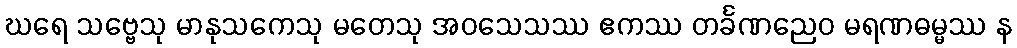
ဃရေ သဗ္ဗေသု မာနုသကေသု မတေသု အဝသေသဿ ဧကဿ တင်္ခဏညေဝ မရဏဓမ္မဿ န